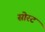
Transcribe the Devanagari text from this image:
सोरट